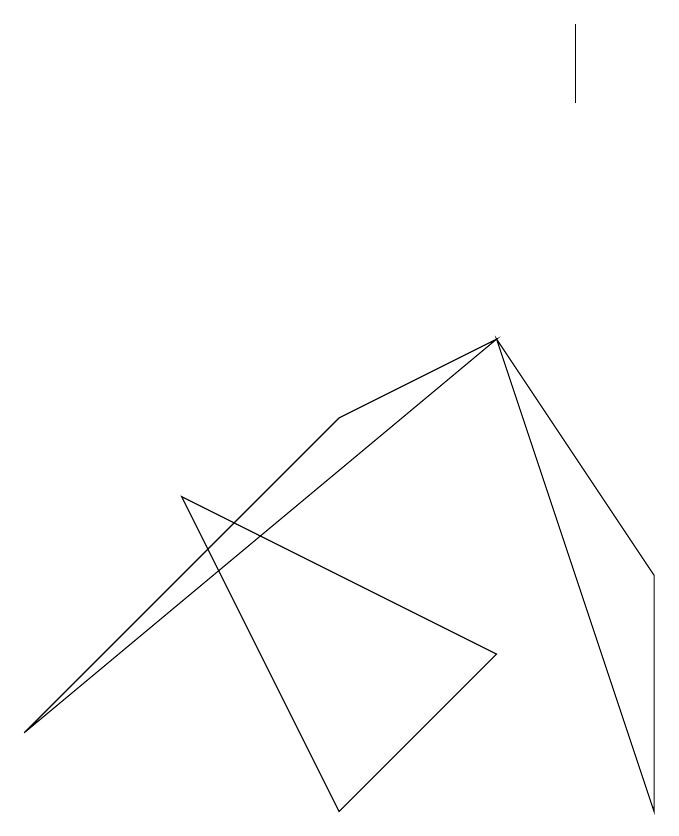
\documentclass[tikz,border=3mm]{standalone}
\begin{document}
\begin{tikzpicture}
\draw (7,12) rectangle (7,13);
\draw (4,8) -- (6,9) -- (0,4) -- cycle;
\draw (6,9) -- (8,3) -- (8,6) -- cycle;
\draw (4,3) -- (2,7) -- (6,5) -- cycle;
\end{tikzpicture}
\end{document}